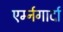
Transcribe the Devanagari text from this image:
एर्म्नगार्दा